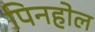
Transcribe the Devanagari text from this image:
पिनहोल